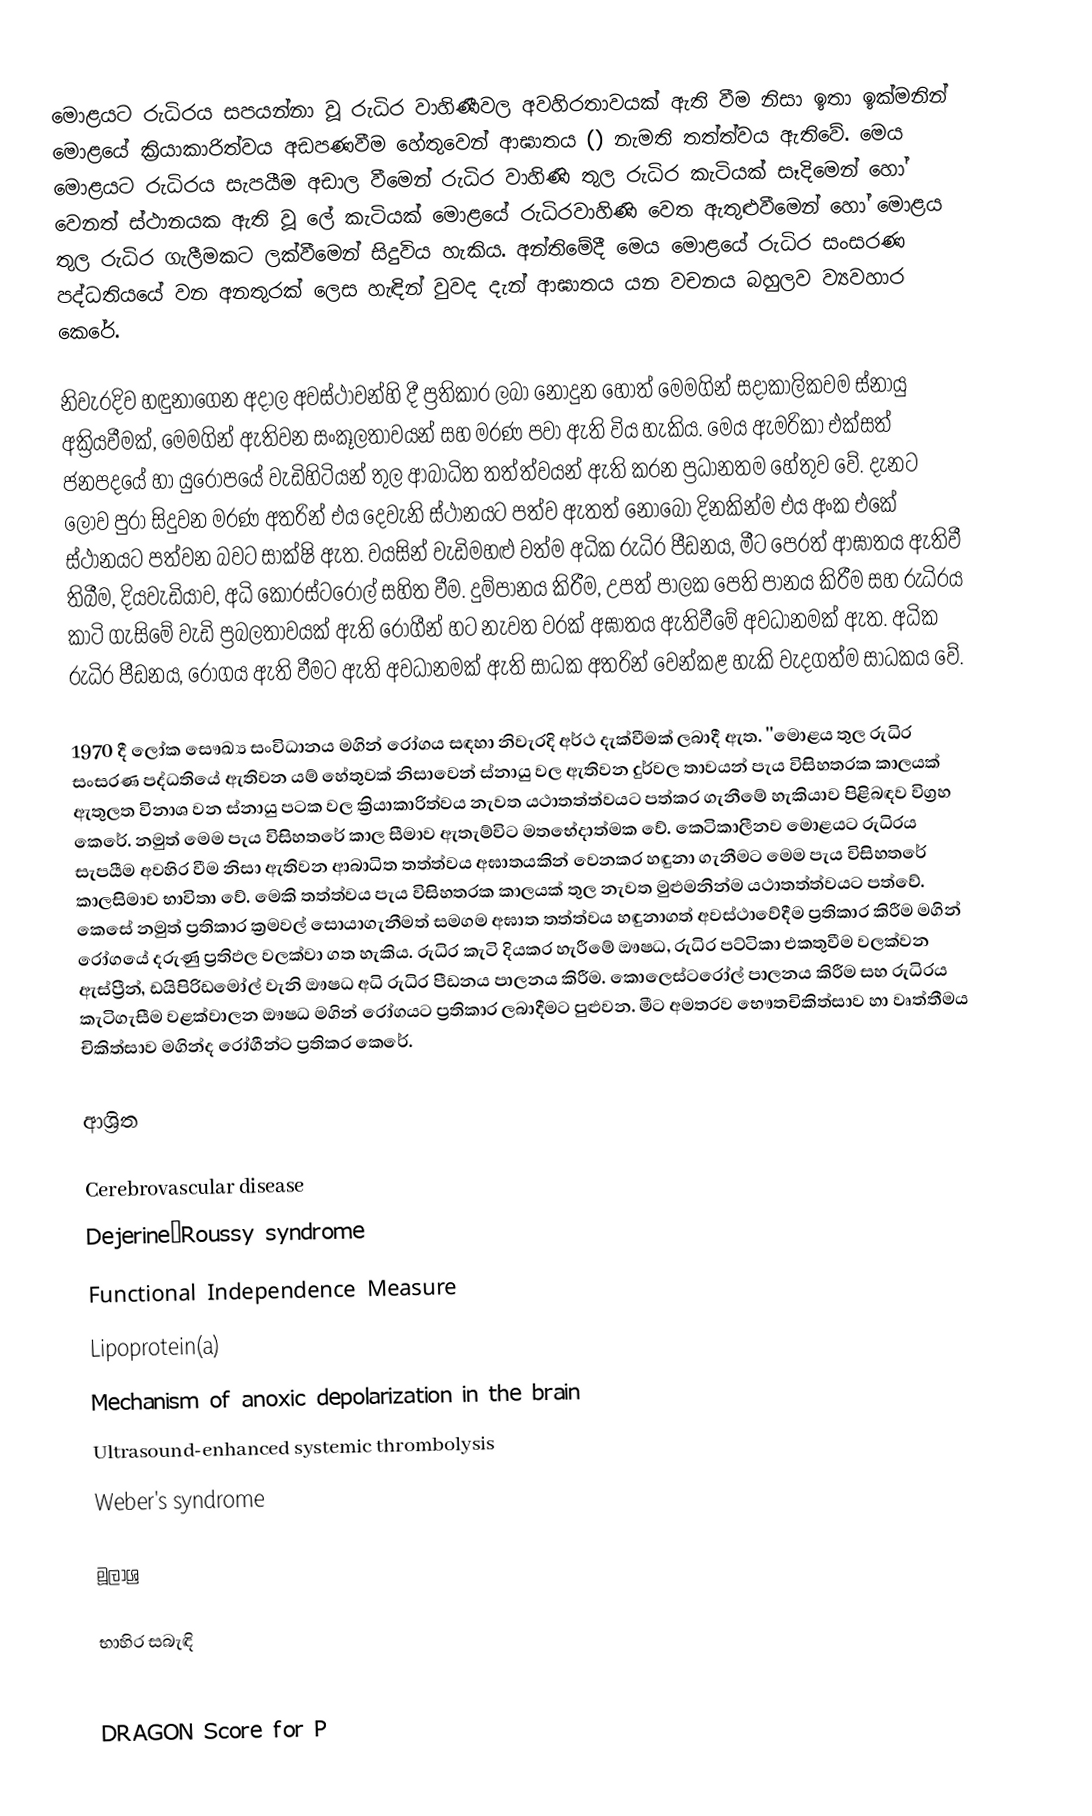
මොළයට රුධිරය සපයන්නා වූ රුධිර වාහිණීවල අවහිරතාවයක් ඇති වීම නිසා  ඉතා ඉක්මනින් මොළයේ ක්‍රියාකාරිත්වය අඩපණවීම හේතුවෙන් ආඝාතය () නැමති තත්ත්වය  ඇතිවේ. මෙය මොළයට රුධිරය සැපයීම අඩාල වීමෙන් රුධිර වාහිණි තුල රුධිර කැටියක් සෑදිමෙන් හෝ වෙනත් ස්ථානයක ඇති වූ ලේ කැටියක් මොළයේ රුධිරවාහිණි වෙත ඇතුළුවීමෙන් හෝ මොළය තුල රුධිර ගැලීමකට ලක්වීමෙන් සිදුවිය හැකිය. අන්තිමේදී මෙය මොළයේ රුධිර සංසරණ පද්ධතියයේ වන  අනතුරක් ලෙස හැඳින් වුවද  දැන් ආඝාතය යන වචනය බහුලව ව්‍යවහාර කෙරේ.

නිවැරදිව හඳුනාගෙන අදාල අවස්ථාවන්හි දී  ප්‍රතිකාර ලබා නොදුන හොත් මෙමගින් සදාකාලිකවම ස්නායු අක්‍රියවීමක්, මෙමගින් ඇතිවන සංකූලතාවයන් සහ මරණ පවා ඇති විය හැකිය. මෙය ඇමරිකා එක්සත් ජනපදයේ හා යුරෝපයේ වැඩිහිටියන් තුල ආබාධිත තත්ත්වයන් ඇති කරන ප්‍රධානතම හේතුව වේ.  දැනට ලොව පුරා සිදුවන මරණ අතරින් එය දෙවැනි ස්ථානයට පත්ව ඇතත් නොබෝ දිනකින්ම  එය අංක එකේ ස්ථානයට පත්වන බවට සාක්ෂි ඇත. වයසින් වැඩිමහළු වත්ම අධික රුධිර පීඩනය, මීට පෙරත් ආඝාතය ඇතිවී තිබීම, දියවැඩියාව, අධි කොරස්ටරෝල් සහිත වීම. දුම්පානය කිරීම, උපත් පාලක පෙති පානය කිරීම සහ රුධිරය කාටි ගැසිමේ වැඩි ප්‍රබලතාවයක් ඇති රෝගීන් හට නැවත වරක් අඝාතය ඇතිවීමේ අවධානමක් ඇත. අධික රුධිර පීඩනය, රෝගය ඇති වීමට ඇති අවධානමක් ඇති සාධක අතරින් වෙන්කළ හැකි වැදගත්ම සාධකය වේ.

1970 දී ලෝක සෞඛ්‍ය සංවිධානය මගින් රෝගය  සඳහා නිවැරදි අර්ථ දැක්වීමක් ලබාදී ඇත. ''මොළය තුල රුධිර සංසරණ පද්ධතියේ ඇතිවන යම් හේතුවක් නිසාවෙන් ස්නායු වල ඇතිවන දුර්වල තාවයන් පැය විසිහතරක කාලයක් ඇතුලත විනාශ වන ස්නායු පටක වල ක්‍රියාකාරිත්වය නැවත යථාතත්ත්වයට පත්කර ගැනීමේ හැකියාව පිළිබඳව විග්‍රහ කෙරේ. නමුත් මෙම පැය විසිහතරේ කාල සීමාව ඇතැම්විට මතභේදාත්මක වේ. කෙටිකාලීනව මොළයට රුධිරය සැපයීම අවහිර වීම නිසා ඇතිවන ආබාධිත තත්ත්වය අඝාතයකින් වෙනකර හඳුනා ගැනීමට මෙම පැය විසිහතරේ කාලසිමාව භාවිතා වේ. මෙකි තත්ත්වය පැය විසිහතරක කාලයක් තුල නැවත මුළුමනින්ම යථාතත්ත්වයට පත්වේ.  කෙසේ නමුත් ප්‍රතිකාර ක්‍රමවල් සොයාගැනීමත් සමගම අඝාත තත්ත්වය හඳුනාගත් අවස්ථාවේදීම ප්‍රතිකාර කිරීම මගින් රෝගයේ දරුණු ප්‍රතිඵල වලක්වා ගත හැකිය. රුධිර කැටි දියකර හැරීමේ ඖෂධ, රුධිර පට්ටිකා එකතුවීම වලක්වන ඇස්ප්‍රීන්, ඩයිපිරිඩමෝල් වැනි ඖෂධ අධි රුධිර පීඩනය පාලනය කිරීම. කොලෙස්ටරෝල් පාලනය කිරීම සහ රුධිරය කැටිගැසීම වළක්වාලන ඖෂධ මගින් රෝගයට ප්‍රතිකාර ලබාදීමට පුළුවන. මීට අමතරව භෞතචිකිත්සාව හා වෘත්තීමය චිකිත්සාව මගින්ද රෝගීන්ට ප්‍රතිකර කෙරේ.

ආශ්‍රිත

Cerebrovascular disease
Dejerine–Roussy syndrome
Functional Independence Measure
Lipoprotein(a)
Mechanism of anoxic depolarization in the brain
Ultrasound-enhanced systemic thrombolysis
Weber's syndrome

මූලාශ්‍ර

භාහිර සබැඳි

 DRAGON Score for P